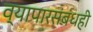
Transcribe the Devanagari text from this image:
व्यापारसंबंधही